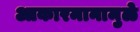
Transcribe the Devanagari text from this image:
आकारमानामुळे